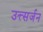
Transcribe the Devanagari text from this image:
उत्त्सर्जन